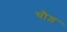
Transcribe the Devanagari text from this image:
चौड़